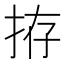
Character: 拵